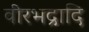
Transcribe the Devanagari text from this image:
वीरभद्रादि